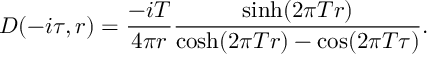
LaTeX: D ( - i \tau , r ) = { \frac { - i T } { 4 \pi r } } { \frac { \sinh ( 2 \pi T r ) } { \cosh ( 2 \pi T r ) - \cos ( 2 \pi T \tau ) } } .